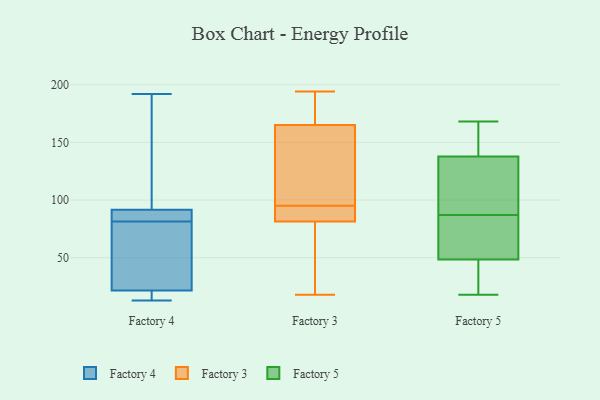
{"axis": {"x": "Energy Usage (MWh)", "y": "Value"}, "legend": ["Factory 3", "Factory 4", "Factory 5"], "data": [{"x": "", "y": 80, "type": "Factory 4"}, {"x": "", "y": 86, "type": "Factory 4"}, {"x": "", "y": 13, "type": "Factory 4"}, {"x": "", "y": 83, "type": "Factory 4"}, {"x": "", "y": 23, "type": "Factory 4"}, {"x": "", "y": 89, "type": "Factory 4"}, {"x": "", "y": 192, "type": "Factory 4"}, {"x": "", "y": 186, "type": "Factory 4"}, {"x": "", "y": 20, "type": "Factory 4"}, {"x": "", "y": 19, "type": "Factory 4"}, {"x": "", "y": 94, "type": "Factory 4"}, {"x": "", "y": 35, "type": "Factory 4"}, {"x": "", "y": 91, "type": "Factory 3"}, {"x": "", "y": 25, "type": "Factory 3"}, {"x": "", "y": 194, "type": "Factory 3"}, {"x": "", "y": 95, "type": "Factory 3"}, {"x": "", "y": 129, "type": "Factory 3"}, {"x": "", "y": 181, "type": "Factory 3"}, {"x": "", "y": 153, "type": "Factory 3"}, {"x": "", "y": 19, "type": "Factory 3"}, {"x": "", "y": 166, "type": "Factory 3"}, {"x": "", "y": 18, "type": "Factory 3"}, {"x": "", "y": 86, "type": "Factory 3"}, {"x": "", "y": 162, "type": "Factory 3"}, {"x": "", "y": 102, "type": "Factory 3"}, {"x": "", "y": 89, "type": "Factory 3"}, {"x": "", "y": 70, "type": "Factory 3"}, {"x": "", "y": 180, "type": "Factory 3"}, {"x": "", "y": 88, "type": "Factory 3"}, {"x": "", "y": 184, "type": "Factory 3"}, {"x": "", "y": 80, "type": "Factory 3"}, {"x": "", "y": 18, "type": "Factory 5"}, {"x": "", "y": 43, "type": "Factory 5"}, {"x": "", "y": 62, "type": "Factory 5"}, {"x": "", "y": 83, "type": "Factory 5"}, {"x": "", "y": 142, "type": "Factory 5"}, {"x": "", "y": 125, "type": "Factory 5"}, {"x": "", "y": 104, "type": "Factory 5"}, {"x": "", "y": 158, "type": "Factory 5"}, {"x": "", "y": 44, "type": "Factory 5"}, {"x": "", "y": 168, "type": "Factory 5"}, {"x": "", "y": 87, "type": "Factory 5"}]}